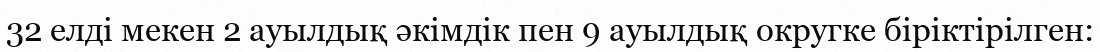
32 елді мекен 2 ауылдық әкімдік пен 9 ауылдық округке біріктірілген: